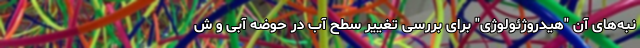
نبه‌های آن "هیدروژئولوژی" برای بررسی تغییر سطح آب در حوضه آبی و ش